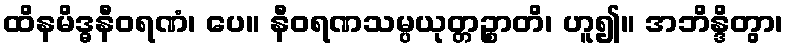
ထိနမိဒ္ဓနီဝရဏံ၊ ပေ။ နီဝရဏသမ္ပယုတ္တဉ္စာတိ၊ ဟူ၍။ အဘိန္ဒိတွာ၊